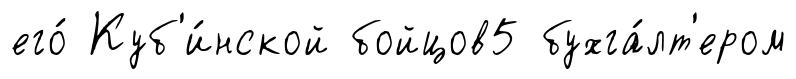
его́ Куб'и́нской бойцов5 бухга́лт'ером